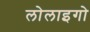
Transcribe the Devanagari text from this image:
लोलाइगो